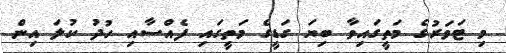
މި ޓަވަރުގެ މަތީގައިވާ ބިޔަ ގަޑީގެ މަތީގައި ފެއްސާއި ހުދު ކުލަ އިން